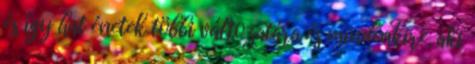
és így hat énetek többi változatára és mindenkire, aki